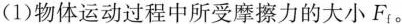
(1)物体运动过程中所受摩擦力的大小F_{f}。